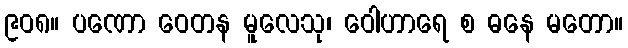
၉၀၈။ ပဏော ဝေတန မူလေသု၊ ဝေါဟာရေ စ ဓနေ မတော။